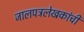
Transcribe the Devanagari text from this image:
जालपत्रलेखकांची